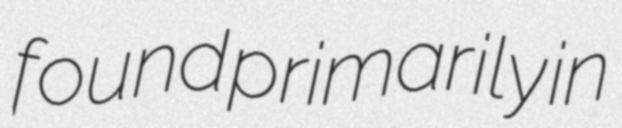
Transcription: found primarily in